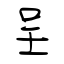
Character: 呈